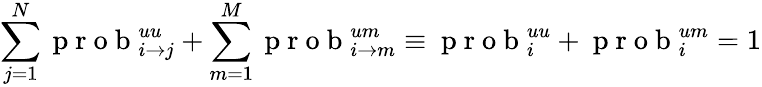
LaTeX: \sum_{j=1}^{N}\mathrm{~p~r~o~b~}_{i\rightarrow j}^{uu}+\sum_{m=1}^{M}\mathrm{~p~r~o~b~}_{i\rightarrow m}^{um}\equiv\mathrm{~p~r~o~b~}_{i}^{uu}+\mathrm{~p~r~o~b~}_{i}^{um}=1